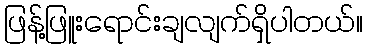
ဖြန့်ဖြူးရောင်းချလျက်ရှိပါတယ်။